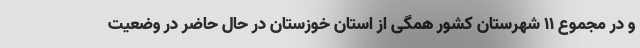
و در مجموع ۱۱ شهرستان کشور همگی از استان خوزستان در حال حاضر در وضعیت